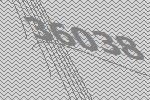
36038